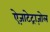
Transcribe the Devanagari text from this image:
ऐज़ाटेट्राज़ोल